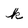
Character: k